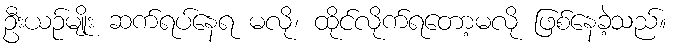
ဦးယဉ်မျိုး ဆက်ရပ်နေရ မလို၊ ထိုင်လိုက်ရတော့မလို ဖြစ်နေခဲ့သည်။